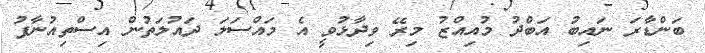
ބަންޑާރަ ނައިބު އަބްދު މުއިއްޒު މިރޭ ވިދާޅުވީ އެ މައްސަލަ ދައުލަތުން އިސްތިއުނާފު